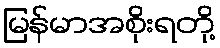
မြန်မာအစိုးရတို့